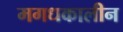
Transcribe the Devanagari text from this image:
मगधकालीन